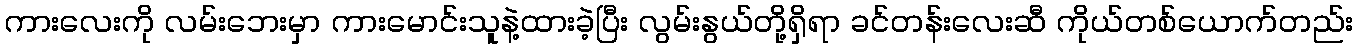
ကားလေးကို လမ်းဘေးမှာ ကားမောင်းသူနဲ့ထားခဲ့ပြီး လွမ်းနွယ်တို့ရှိရာ ခင်တန်းလေးဆီ ကိုယ်တစ်ယောက်တည်း